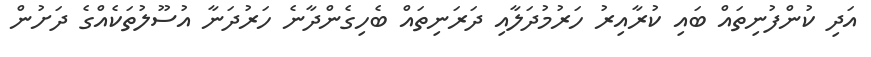
އަދި ކުންފުނިތައް ބައި ކުރާއިރު ހަރުމުދަލާއި ދަރަނިތައް ބެހިގެންދާނެ ހަރުދަނާ އުސޫލުތަކެއްގެ ދަށުން